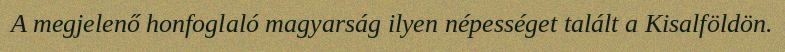
A megjelenő honfoglaló magyarság ilyen népességet talált a Kisalföldön.